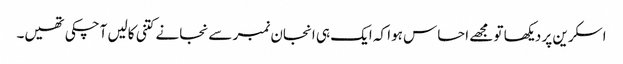
اسکرین پر دیکھا تو مجھے احساس ہوا کہ ایک ہی انجان نمبر سے نجانے کتنی کالیں آچکی تھیں۔